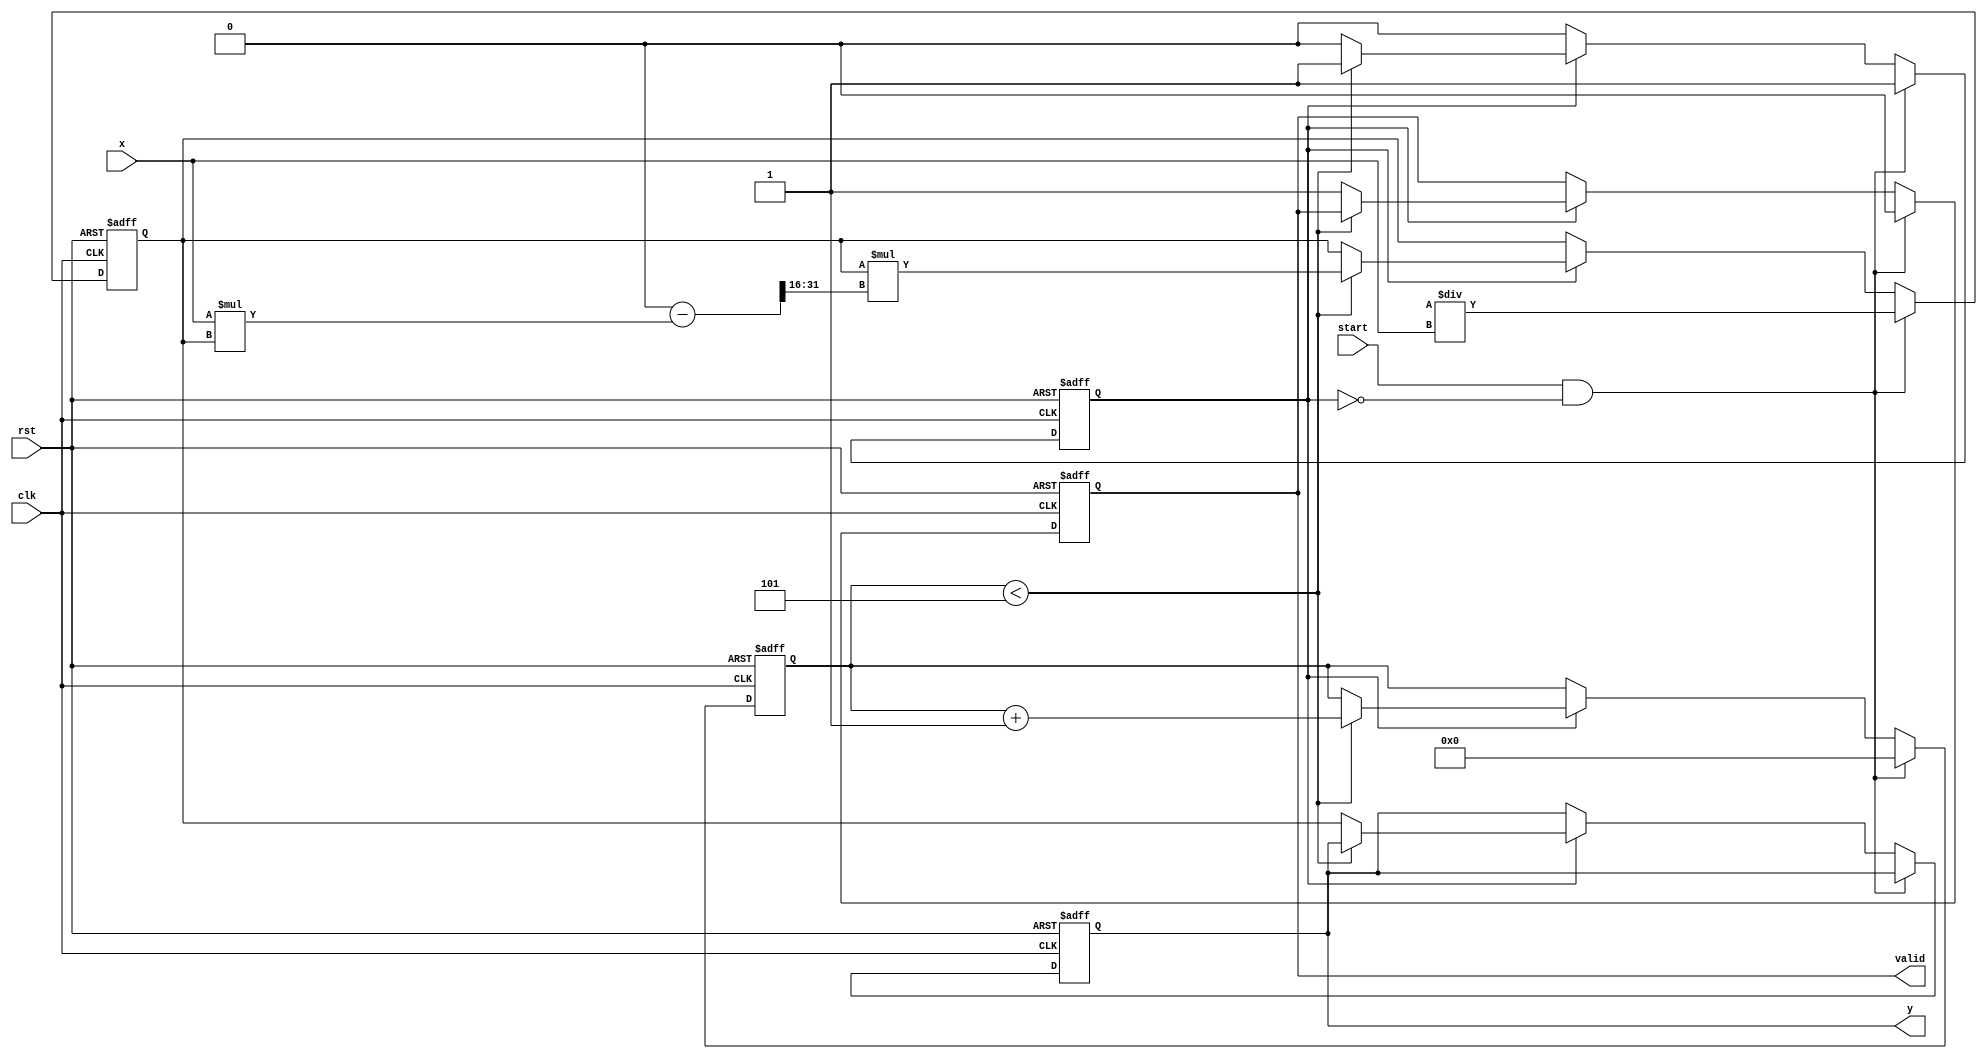
module FixedPointReciprocal #(
    parameter INTEGER_BITS = 16, // Number of bits for the integer part
    parameter FRACTIONAL_BITS = 16, // Number of bits for the fractional part
    parameter MAX_ITERATIONS = 5 // Maximum iterations for Newton-Raphson
)(
    input wire clk,
    input wire rst,
    input wire start,
    input wire [INTEGER_BITS + FRACTIONAL_BITS - 1:0] x, // Input fixed-point value
    output reg [INTEGER_BITS + FRACTIONAL_BITS - 1:0] y, // Output fixed-point reciprocal
    output reg valid // Output valid signal
);

    // Internal signals
    reg [INTEGER_BITS + FRACTIONAL_BITS - 1:0] guess; // Current guess for the reciprocal
    reg [3:0] iteration_count; // Iteration counter
    reg computing; // State flag for computation

    // Initial guess for the reciprocal (1/x)
    wire [INTEGER_BITS + FRACTIONAL_BITS - 1:0] initial_guess = (1 << (INTEGER_BITS + FRACTIONAL_BITS)) / x;

    // Newton-Raphson iteration: y(n+1) = y(n) * (2 - x * y(n))
    always @(posedge clk or posedge rst) begin
        if (rst) begin
            y <= 0;
            valid <= 0;
            guess <= 0;
            iteration_count <= 0;
            computing <= 0;
        end else begin
            if (start && !computing) begin
                // Start computation
                guess <= initial_guess;
                iteration_count <= 0;
                computing <= 1;
                valid <= 0;
            end else if (computing) begin
                if (iteration_count < MAX_ITERATIONS) begin
                    // Perform Newton-Raphson iteration
                    guess <= guess * (2**(INTEGER_BITS + FRACTIONAL_BITS) - (x * guess) >> FRACTIONAL_BITS);
                    iteration_count <= iteration_count + 1;
                end else begin
                    // Finished computation
                    y <= guess;
                    valid <= 1;
                    computing <= 0;
                end
            end
        end
    end

endmodule